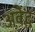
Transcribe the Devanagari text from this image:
अवैद्ध